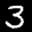
Label: 3